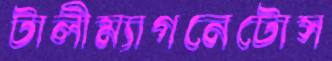
টালীম্যাগনেটোস